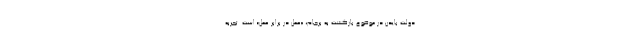
دولت بایدن در موضوع بازگشت به برجام، «عمل در برابر عمل» است. تجربه